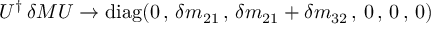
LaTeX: U ^ { \dagger } \, \delta M U \rightarrow \mathrm { d i a g } ( 0 \, , \, \delta m _ { 2 1 } \, , \, \delta m _ { 2 1 } + \delta m _ { 3 2 } \, , \, 0 \, , \, 0 \, , \, 0 )